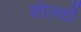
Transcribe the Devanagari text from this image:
सोलहों